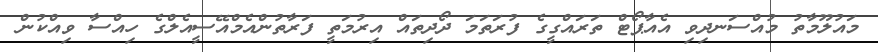
މައުލޫމާތު މުއްސަނދިވި އެއާޕޯޓް ތަރައްގީގެ ފުރަތަމަ ދޯދިތައް އިރުމަތީ ފަރާތުންއެމްއޭސީއެލްގެ ހިއްސާ ވިއްކުން